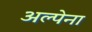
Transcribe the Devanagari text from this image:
अल्पेना